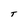
Character: T